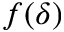
f ( \delta )